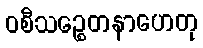
ဝစီသဉ္စေတနာဟေတု